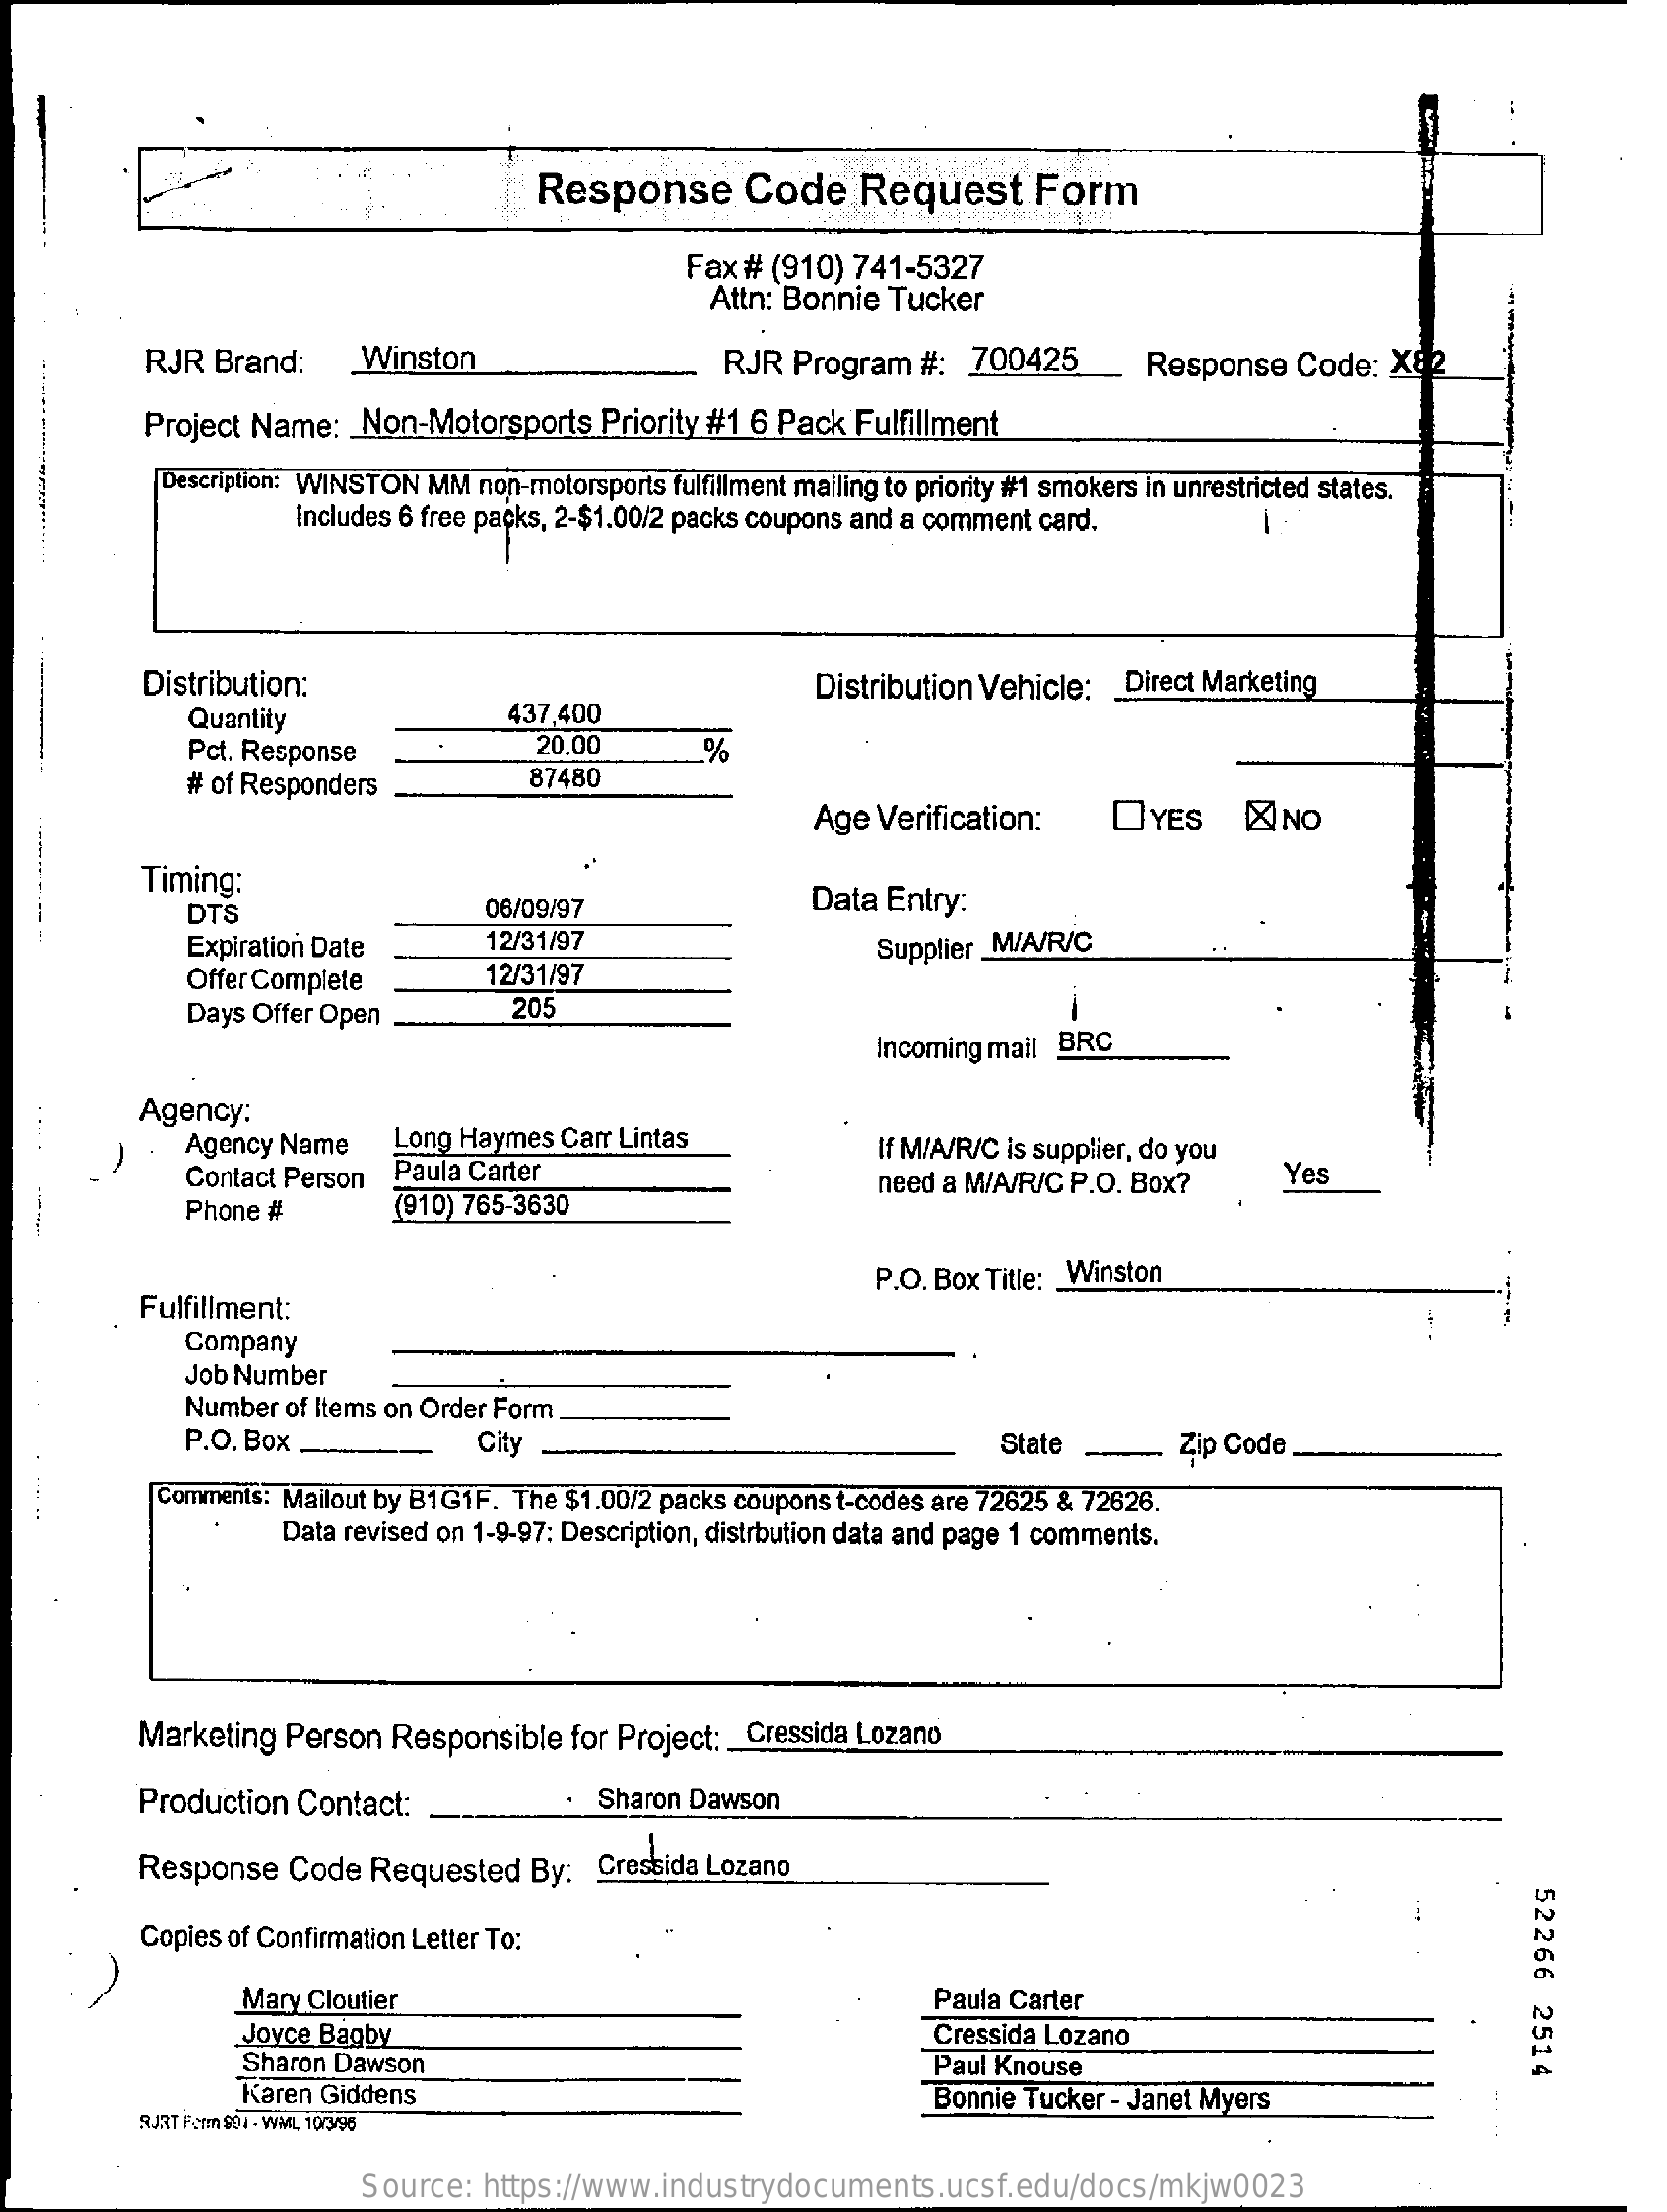
Response    Code    Request    Form
     Fax # (910) 741-5327
     Attn: Bonnie Tucker
     RJR  Brand:    Winston    RJR  Program   #:  700425    Response   Code:   X82
     Project Name:   Non-Motorsports    Priority #1 6 Pack Fulfillment
     Description: WINSTON MM non-motorsports fulfillment mailing to priority #1 smokers in unrestricted states.
     Includes 6 free packs, 2-$1.00/2 packs coupons and a comment card.
     Distribution:    Distribution Vehicle:  _ Direct Marketing
     Quantity    437,400
     Pct. Response    20.00    %
     # of Responders    87480
     Age  Verification:    OYES    NO
     Timing:
     DTS    06/09/97    Data Entry:
     Expiration Date    12/31/97
     Offer Complete    12/31/97
     Supplier _M/A/R/C
     Days Offer Open    205
     Incoming mail BRC
     Agency:
     Agency Name    Long Haymes  Carr Lintas
     Contact Person  Paula Carter
     If M/A/R/C is supplier, do you
     Yes
     Phone #    (910) 765-3630
     need a M/A/R/C P.O. Box?
     Fulfillment:
     P.O. Box Title: _ Winston
     Company
     Job Number
     Number  of Items on Order Form
     P.O. Box    City    State    Zip Code
     Comments: Mailout by B1G1F. The $1.00/2 packs coupons t-codes are 72625 & 72626.
     Data revised on 1-9-97: Description, distrbution data and page 1 comments.
     Marketing  Person   Responsible  for Project: _ Cressida Lozano
     Production  Contact:    .  Sharon Dawson
     Response   Code  Requested   By:  Cressida Lozano
     52266
     2514
     Copies of Confirmation Letter To:
     Mary Cloutier    Paula Carter
     Joyce Bagby
     Sharon Dawson
     Cressida Lozano
     Paul Knouse
     Karen Giddens
     RJRT For $04 - WML 10/3/96
     Bonnie Tucker - Janet Myers
     Source:  https://www.industrydocuments.ucsf.edu/docs/mkjw0023